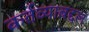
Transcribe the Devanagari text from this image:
कर्तव्याबद्दल